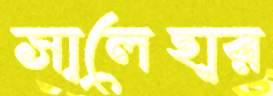
সালেহার